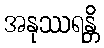
အနုဿရန္တိ